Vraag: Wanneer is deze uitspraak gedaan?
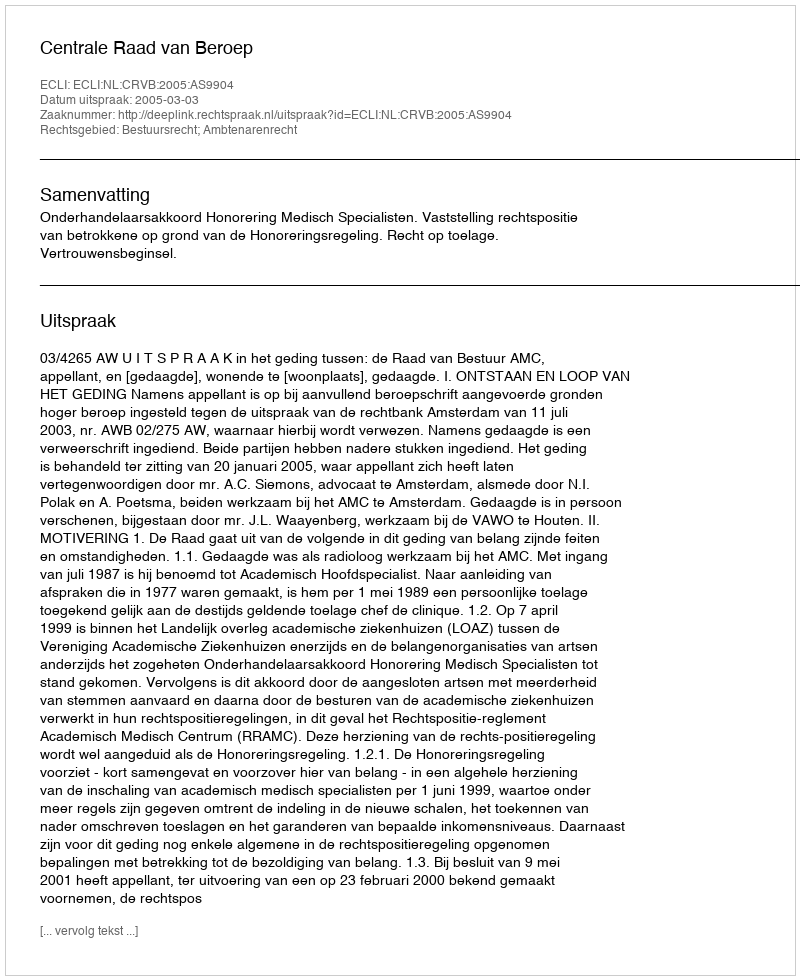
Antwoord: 2005-03-03